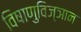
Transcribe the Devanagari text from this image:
विषाणुविज्ञान